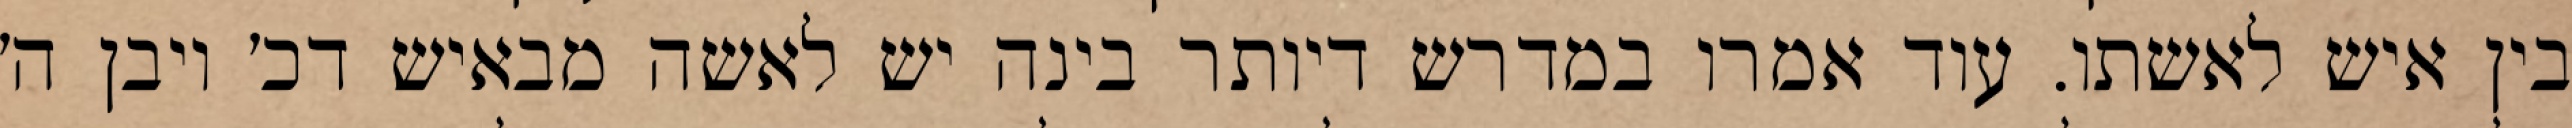
בין איש לאשתו. עוד אמרו במדרש דיותר בינה יש לאשה מבאיש דכ׳ ויבן ה׳